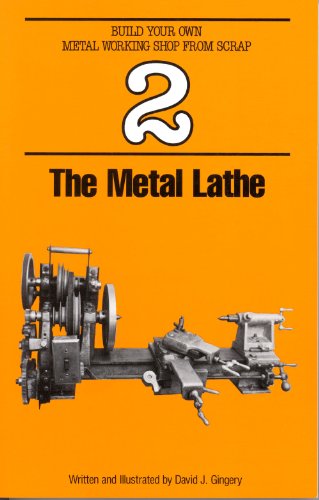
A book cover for The Metal Lathe (Build Your Own Metal Working Shop from Scrap); David Gingery; Crafts, Hobbies & Home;